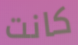
كانت